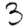
Digit: 3